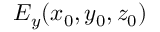
E _ { y } ( x _ { 0 } , y _ { 0 } , z _ { 0 } )